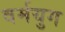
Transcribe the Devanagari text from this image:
वर्मयुग